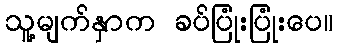
သူ့မျက်နှာက ခပ်ပြုံးပြုံးပေ။